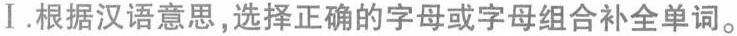
Ⅰ.根据汉语意思,选择正确的字母或字母组合补全单词。